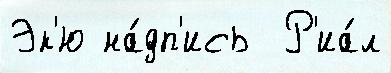
Эк'ю на́дп'ись  Р'иа́л